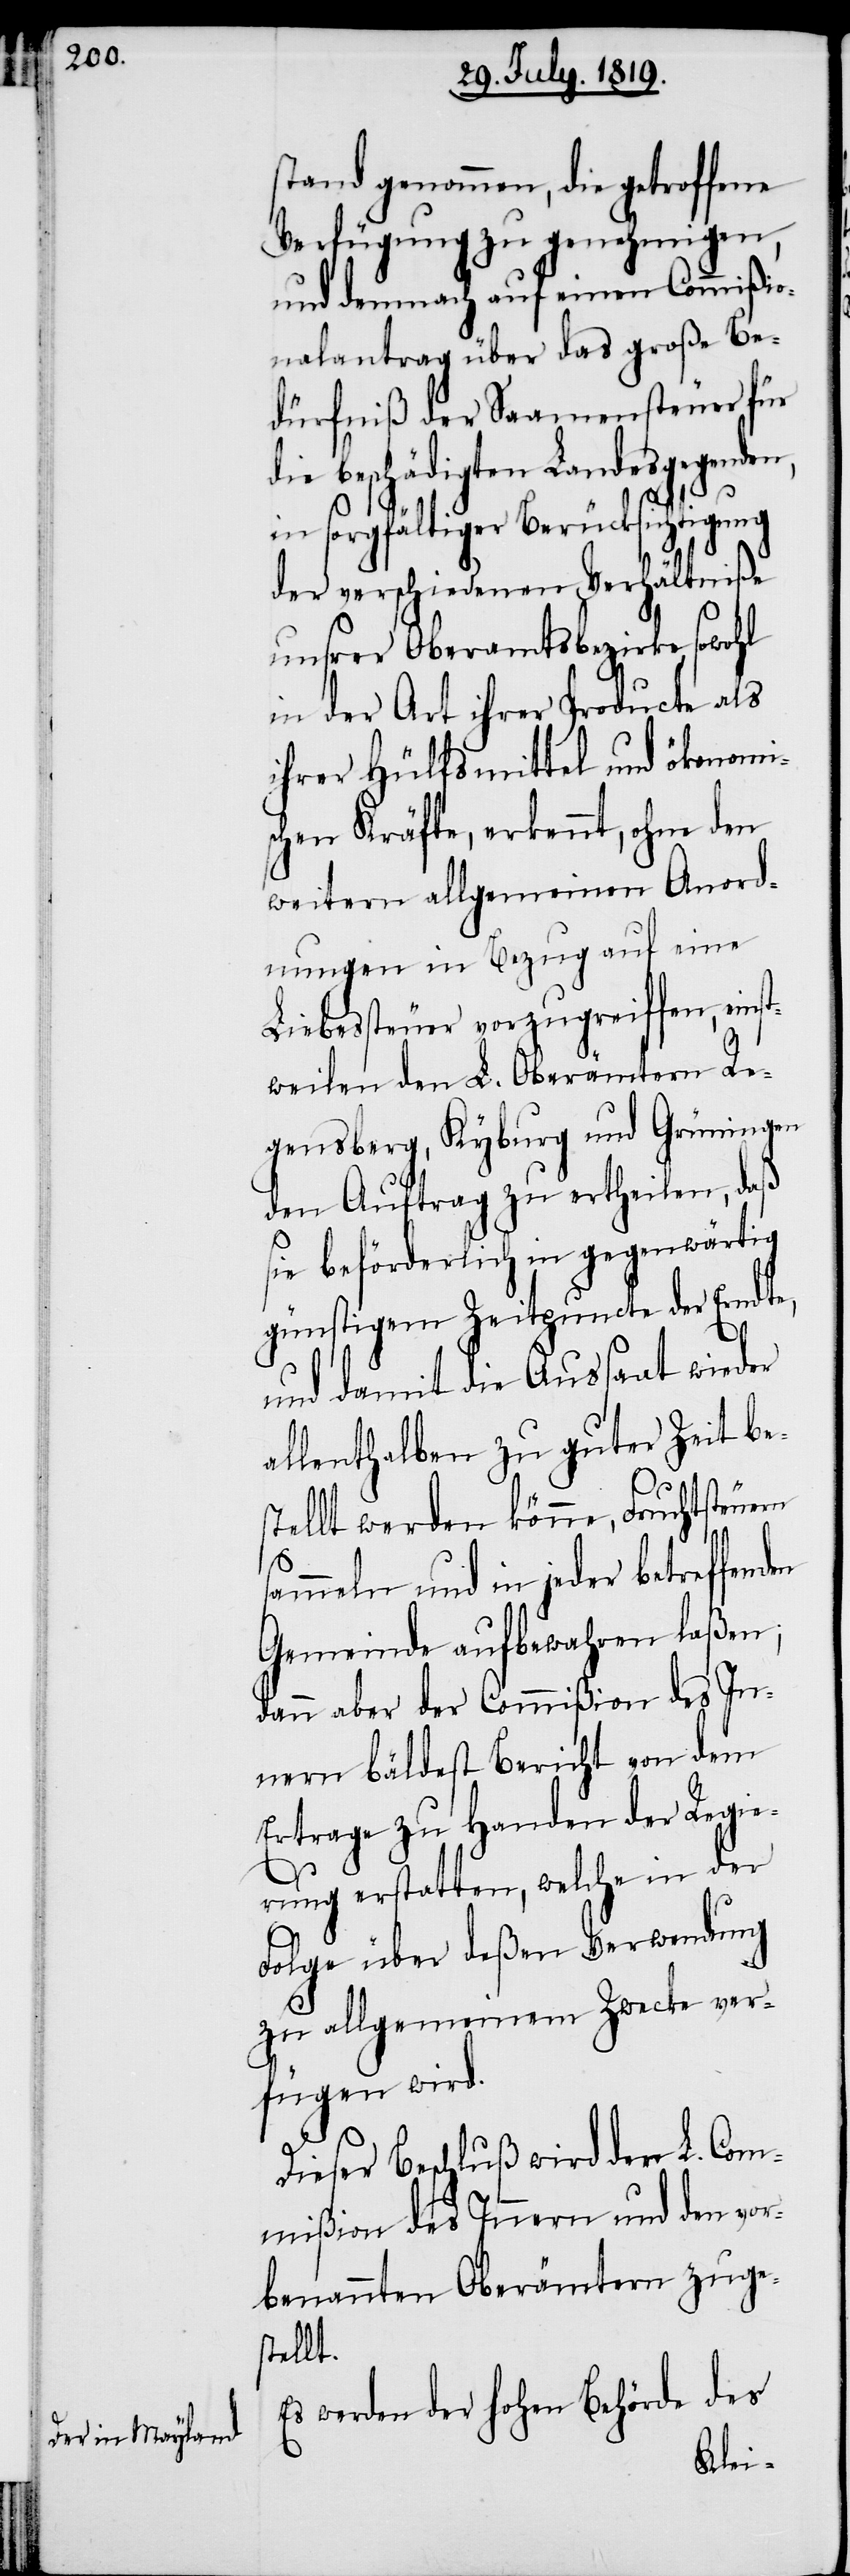
stand genommen, die getroffene
Verfügung zu genehmigen,
und demnach auf einen Commißio¬
nalantrag über das große Be¬
dürfniß der Saamensteuer für
beschädigten Landesgegenden,
in sorgfältiger Berücksichtigung
der verschiedenen Verhältniße
unsrer Oberamtsbezirke, sowohl
in der Art ihrer Producte als
ihrer Hülfmittel und ökonomi¬
schen Kräfte, erkennt, ohne den
weitern allgemeinen Anord¬
nungen in Bezug auf eine
Liebessteuer vorzugreiffen, einst¬
weilen den L. Oberämtern Re¬
gensberg, Kyburg und Grüningen
den Auftrag zu ertheilen, daß
sie beförderlich in gegenwärtig
günstigem Zeitpuncte der Erndte,
und damit die Aussaat wieder
allenthalben zu guter Zeit be¬
stellt werden könne, Fruchtsteuern
sammeln und in jeder betreffend¬
Gemeinde aufbewahren laßen;
dann aber der Commißion des In¬
nern bäldest Bericht von dem
Ertrage zu Handen der Regie¬
rung erstatten, welche in der
Folge über deßen Verwendung
zu allgemeinem Zwecke ver¬
fügen wird.
Dieser Beschluß wird der L. Com¬
mißion des Innern und den vor¬
benannten Oberämtern zuge¬
stellt.
Es werden der hohen Behörde des
en